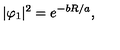
| \varphi _ { 1 } | ^ { 2 } = e ^ { - b R / a } ,